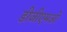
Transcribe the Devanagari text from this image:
डीजीएमओ